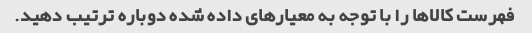
فهرست کالاها را با توجه به معیارهای داده شده دوباره ترتیب دهید.